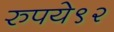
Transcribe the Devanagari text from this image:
रुपये९२